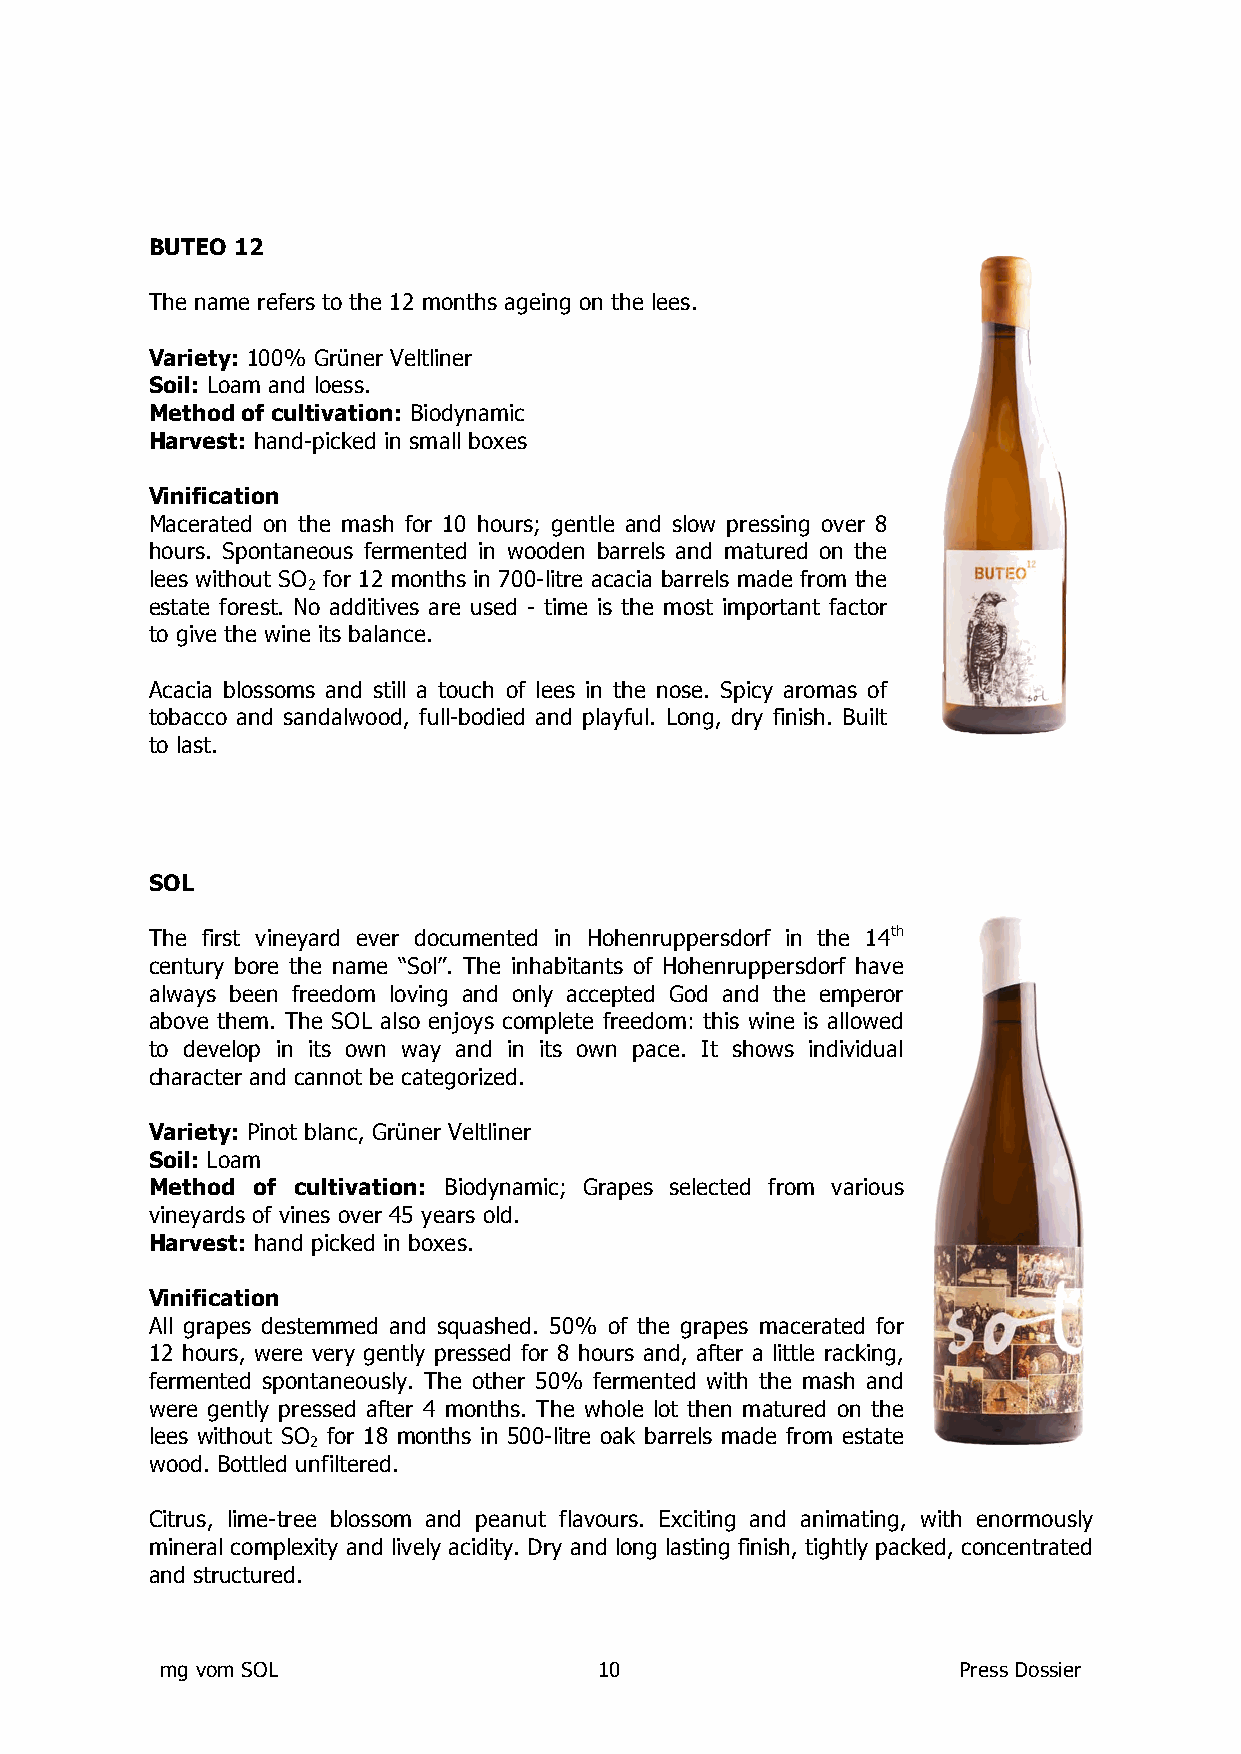
BUTEO 12
 The name refers to the 12 months ageing on the lees.
 Variety: 100% Grüner Veltliner
 Soil: Loam and loess.
 Method of cultivation: Biodynamic
 Harvest: hand-picked in small boxes
 Vinification
 Macerated on the mash for 10 hours; gentle and slow pressing over 8
 hours. Spontaneous fermented in wooden barrels and matured on the
 lees without SO for 12 months in 700-litre acacia barrels made from the
 2
 estate forest. No additives are used - time is the most important factor
 to give the wine its balance.
 Acacia blossoms and still a touch of lees in the nose. Spicy aromas of
 tobacco and sandalwood, full-bodied and playful. Long, dry finish. Built
 to last.
 SOL
 The first vineyard ever documented in Hohenruppersdorf in the 14th
 century bore the name “Sol”. The inhabitants of Hohenruppersdorf have
 always been freedom loving and only accepted God and the emperor
 above them. The SOL also enjoys complete freedom: this wine is allowed
 to develop in its own way and in its own pace. It shows individual
 character and cannot be categorized.
 Variety: Pinot blanc, Grüner Veltliner
 Soil: Loam
 Method of cultivation: Biodynamic; Grapes selected from various
 vineyards of vines over 45 years old.
 Harvest: hand picked in boxes.
 Vinification
 All grapes destemmed and squashed. 50% of the grapes macerated for
 12 hours, were very gently pressed for 8 hours and, after a little racking,
 fermented spontaneously. The other 50% fermented with the mash and
 were gently pressed after 4 months. The whole lot then matured on the
 lees without SO for 18 months in 500-litre oak barrels made from estate
 2
 wood. Bottled unfiltered.
 Citrus, lime-tree blossom and peanut flavours. Exciting and animating, with enormously
 mineral complexity and lively acidity. Dry and long lasting finish, tightly packed, concentrated
 and structured.
 mg vom SOL                   10                     Press Dossier